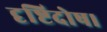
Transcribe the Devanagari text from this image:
दृष्टिदोष।